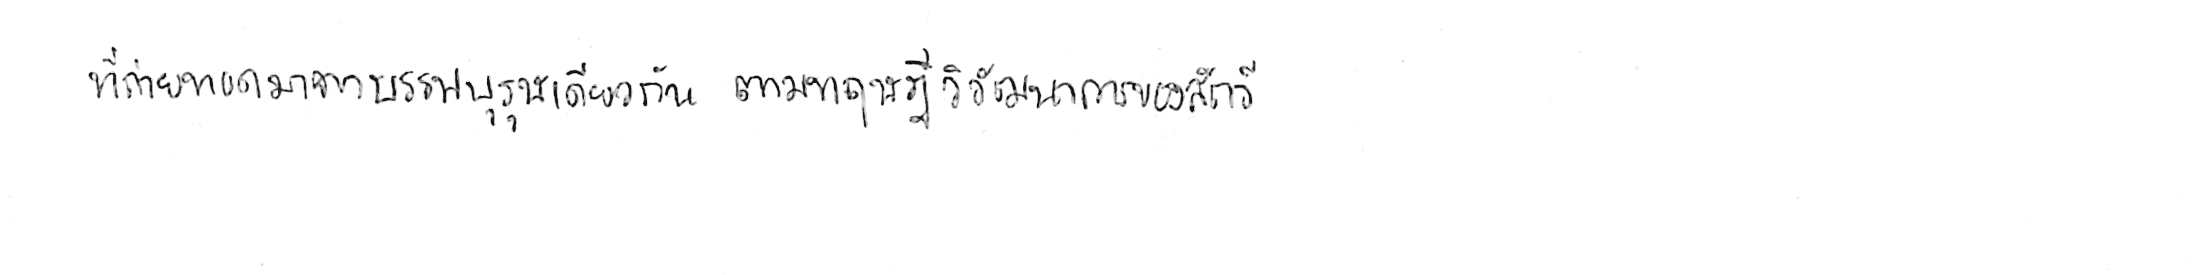
ที่ถ่ายทอดมาจากบรรพบุรุษเดียวกัน ตามทฤษฎีวิวัฒนาการของสัตว์